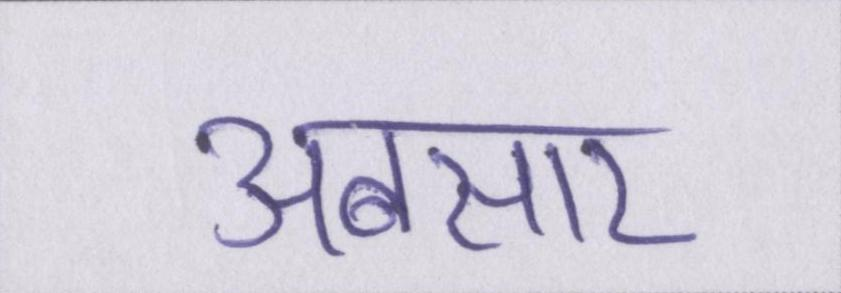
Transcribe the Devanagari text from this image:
अबसार